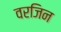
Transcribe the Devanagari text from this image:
वरजिन